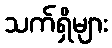
သက်ရှိများ